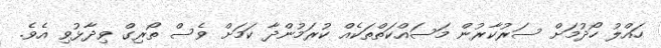
ހައްލު ހޯދުމަށް ސަރުކާރުން މަސައްކަތްތަކެއް ކުރަމުންދާ ކަމަށް ވެސް ތޯރިގް ވިދާޅުވި އެވެ.